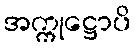
အက္ကုဋ္ဌောပိ